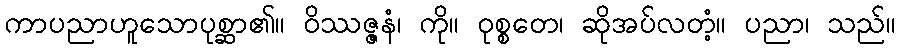
ကာပညာဟူသောပုစ္ဆာ၏။ ဝိဿဇ္ဇနံ၊ ကို။ ဝုစ္စတေ၊ ဆိုအပ်လတံ့။ ပညာ၊ သည်။